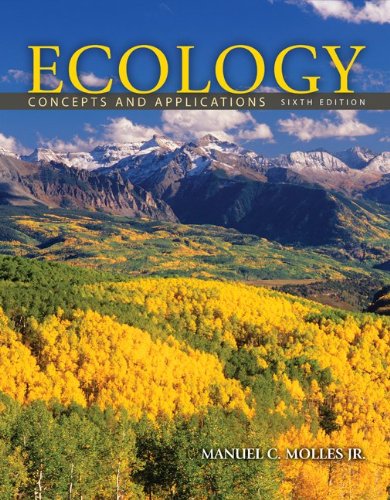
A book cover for Ecology: Concepts and Applications; Manuel Molles; Science & Math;